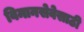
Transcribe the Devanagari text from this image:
विमानसेवेसाठी